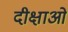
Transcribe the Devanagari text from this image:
दीक्षाओं